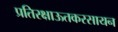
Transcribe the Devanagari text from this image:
प्रतिरक्षाऊतकरसायन